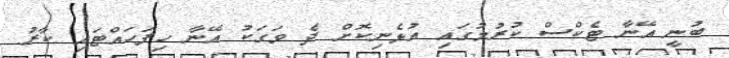
ބުނީ އޭނާ ޓެކްސް ކުރުމުގައި އުޅެނިކޮށް ދެ ވަގަކު އޭނާ ހިފަހައްޓައި ކާރު